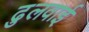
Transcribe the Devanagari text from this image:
ढुलवाई